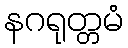
နဂရုတ္တမံ